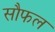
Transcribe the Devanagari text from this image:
सौफल